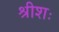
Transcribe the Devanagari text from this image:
श्रीशः